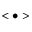
< \bullet >